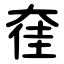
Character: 㚝